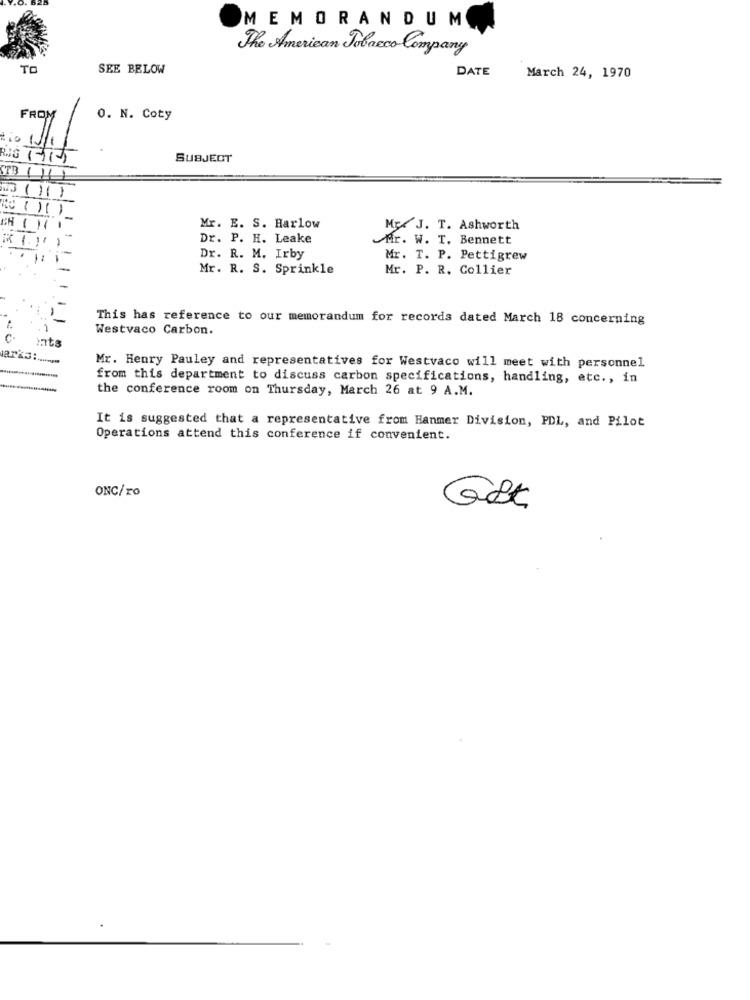
MEMORANDUM
The American Tobacco Company
TO
SEE BELOW
DATE
March 24, 1970
FROM
O. N. Coty
tio
SUBJECT
TB
11
CH (11
Mr. E. S. Harlow
Mc J. T. Ashworth
Dr. P. H. Leake
Mr. W. T. Bennett
Dr. R. M. Irby
Mr. T. P. Pettigrew
Mr. R. S. Sprinkle
Mr. P. R. Collier
This has reference to our memorandum for records dated March 18 concerning
Westvaco Carbon.
ints
Mr. Henry Pauley and representatives for Westvaco will meet with personnel
from this department to discuss carbon specifications, handling, etc ., in
the conference room on Thursday, March 26 at 9 A.M.
It is suggested that a representative from Hanmer Division, PDL, and Pilot
Operations attend this conference if convenient.
ONC/ro
Get